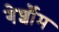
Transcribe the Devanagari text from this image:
गेर्शौम